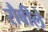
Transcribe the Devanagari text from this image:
रौबीले